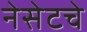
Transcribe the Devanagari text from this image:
नेसेटचे